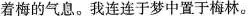
着梅的气息。我连连于梦中置于梅林。